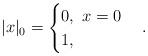
LaTeX: \begin{align*}\lvert x\rvert_0=\begin{cases} 0,\ x=0\\1,\end{cases}.\end{align*}